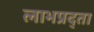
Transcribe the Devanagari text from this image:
लाभप्रद्ता